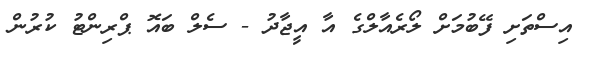
އިސްތަށި ފޭބުމަށް ލޯރެއާލްގެ އާ އީޖާދު - ސެލް ބައޮ ޕްރިންޓު ކުރުން